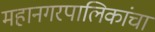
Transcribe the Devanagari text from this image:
महानगरपालिकांचा